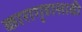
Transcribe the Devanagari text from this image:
कारागृहासाठी